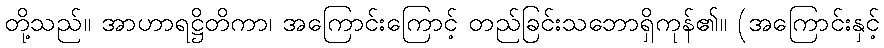
တို့သည်။ အာဟာရဋ္ဌိတိကာ၊ အကြောင်းကြောင့် တည်ခြင်းသဘောရှိကုန်၏။ (အကြောင်းနှင့်